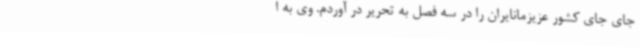
جای جای کشور عزیزمانایران را در سه فصل به تحریر در آوردم. وی به ا